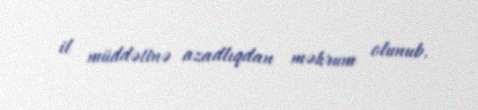
il müddətinə azadlıqdan məhrum olunub.